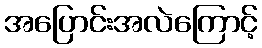
အပြောင်းအလဲကြောင့်